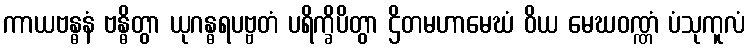
ကာယဗန္ဓနံ ဗန္ဓိတွာ ယုဂန္ဓရပဗ္ဗတံ ပရိက္ခိပိတွာ ဌိတမဟာမေဃံ ဝိယ မေဃဝဏ္ဏံ ပံသုကူလံ